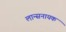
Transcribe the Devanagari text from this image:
लान्सनायक